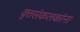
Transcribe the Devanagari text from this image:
वृत्तसंकलकांना